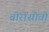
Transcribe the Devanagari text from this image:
वोरोंसोवो